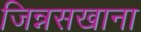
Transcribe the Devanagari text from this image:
जिन्नसखाना